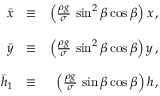
\begin{array} { r l r } { \bar { x } } & { \equiv } & { \left( \frac { \rho g } { \sigma } \, \sin ^ { 2 } \beta \cos \beta \right) x \, , } \\ & { } & \\ { \bar { y } } & { \equiv } & { \left( \frac { \rho g } { \sigma } \, \sin ^ { 2 } \beta \cos \beta \right) y \, , } \\ & { } & \\ { \bar { h } _ { 1 } } & { \equiv } & { \left( \frac { \rho g } { \sigma } \, \sin \beta \cos \beta \right) h \, , } \end{array}